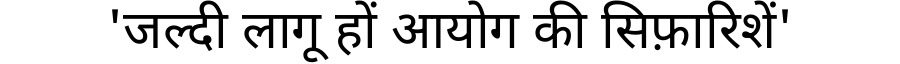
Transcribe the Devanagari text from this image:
'जल्दी लागू हों आयोग की सिफ़ारिशें'